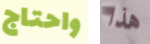
واحتاج هذا